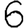
Digit: 6